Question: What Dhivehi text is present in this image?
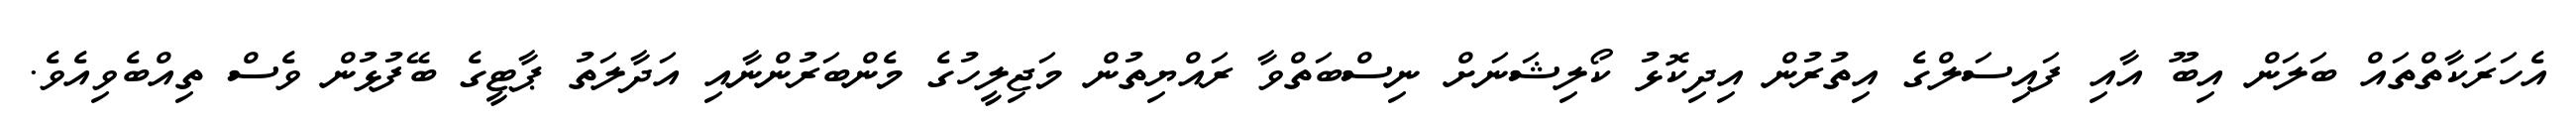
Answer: އެހަރަކާތްތައް ބަލަން އިބޫ އާއި ފައިސަލްގެ އިތުރުން އިދިކޮޅު ކޯލިޝަނަށް ނިސްބަތްވާ ރައްޔިތުން މަޖިލީހުގެ މެންބަރުންނާއި އަދާލަތު ޕާޓީގެ ބޭފުޅުން ވެސް ތިއްބެވިއެވެ.